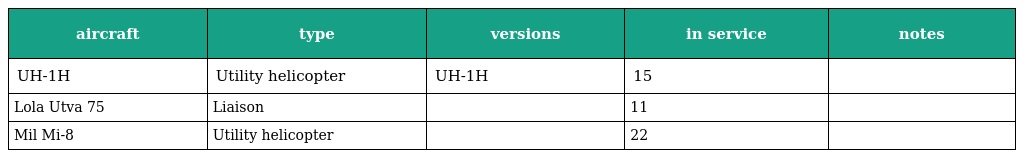
| aircraft | type | versions | in service | notes |
 | --- | --- | --- | --- | --- |
 | UH-1H | Utility helicopter | UH-1H | 15 |  |
 | Lola Utva 75 | Liaison |  | 11 |  |
 | Mil Mi-8 | Utility helicopter |  | 22 |  |